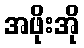
အဖိုးအို